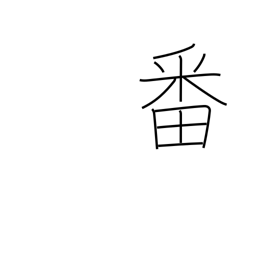
Meaning: turn